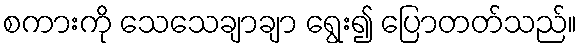
စကားကို သေသေချာချာ ရွေး၍ ပြောတတ်သည်။